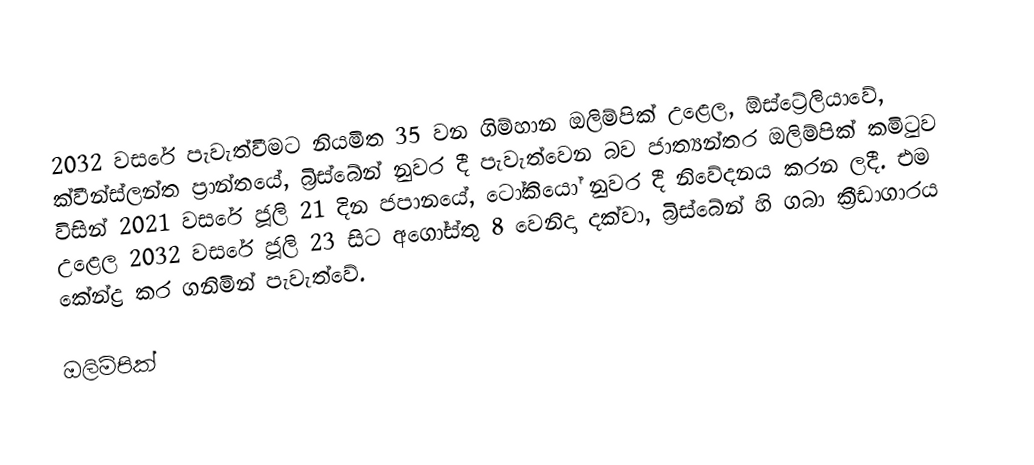
2032 වසරේ පැවැත්වීමට නියමිත 35 වන ගිම්හාන ඔලිම්පික් උළෙල, ඕස්ට්‍රේලියාවේ, ක්වීන්ස්ලන්ත ප්‍රාන්තයේ, බ්‍රිස්බේන් නුවර දී පැවැත්වෙන බව ජාත්‍යන්තර ඔලිම්පික් කමිටුව විසින් 2021 වසරේ ජූලි 21 දින ජපානයේ, ටෝකියෝ නුවර දී නිවේදනය කරන ලදී. එම උළෙල 2032 වසරේ ජූලි 23 සිට අගෝස්තු 8 වෙනිදා දක්වා, බ්‍රිස්බේන් හි ගබා ක්‍රීඩාගාරය කේන්ද්‍ර කර ගනිමින් පැවැත්වේ.

ඔලිම්පික්